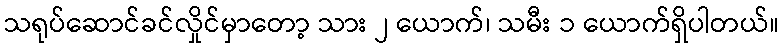
သရုပ်ဆောင်ခင်လှိုင်မှာတော့ သား ၂ ယောက်၊ သမီး ၁ ယောက်ရှိပါတယ်။